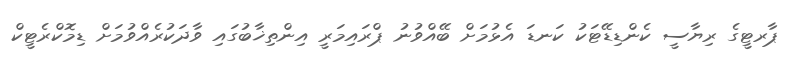
ޕާރޓީގެ ރިޔާސީ ކެންޑިޑޭޓަކު ކަނޑަ އެޅުމަށް ބޭއްވުނު ޕްރައިމަރީ އިންތިޚާބުގައި ވާދަކުރެއްވުމަށް ޑިމޮކްރެޓީކް